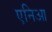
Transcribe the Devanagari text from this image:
एनिआ